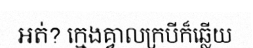
អត់? ក្មេងគ្វាលក្របីក៏ឆ្លើយ